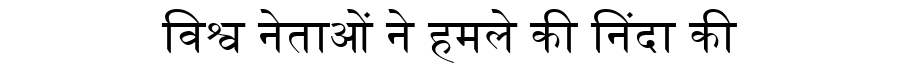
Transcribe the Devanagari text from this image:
विश्व नेताओं ने हमले की निंदा की